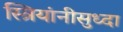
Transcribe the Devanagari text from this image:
स्त्रियांनीसुध्दा